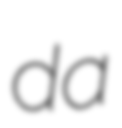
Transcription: da